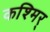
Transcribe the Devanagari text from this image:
कश्मिर्